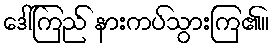
ဒေါ်ကြည် နားကပ်သွားကြ၏။